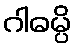
ဂါဓမ္ပိ